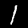
Digit: 1